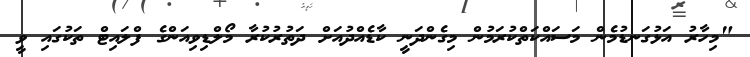
"މިހާރު އަޅުގަނޑުމެން މަސައްކަތްކުރަމުން މިގެންދަނީ ކާޑެއްދުއަށް ދަތުރުކުރާ މޯލްޑިވިއަންގެ ފްލައިޓް ތަކުގައި ވީ